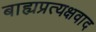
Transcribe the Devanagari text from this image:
बाह्यप्रत्यक्षवाद